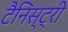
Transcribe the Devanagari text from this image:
टैनिस्ट्री